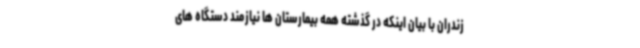
زندران با بیان اینکه در گذشته همه بیمارستان ها نیازمند دستگاه های